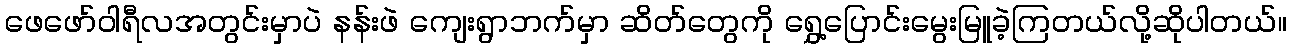
ဖေဖော်ဝါရီလအတွင်းမှာပဲ နန်းဖဲ ကျေးရွာဘက်မှာ ဆိတ်တွေကို ရွှေ့ပြောင်းမွေးမြူခဲ့ကြတယ်လို့ဆိုပါတယ်။